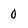
Character: 0